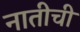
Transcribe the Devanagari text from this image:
नातीची